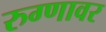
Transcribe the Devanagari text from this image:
रुग्णावर